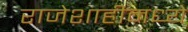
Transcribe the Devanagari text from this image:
राजेशाहीमध्ये